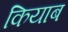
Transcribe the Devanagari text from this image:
कियाब